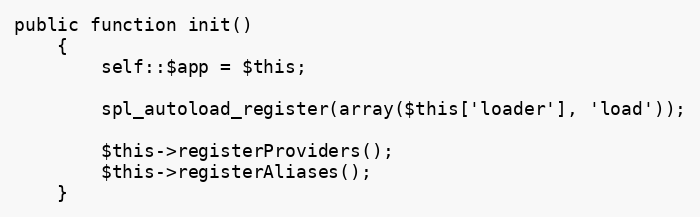
Language: PHP
public function init()
	{
		self::$app = $this;

		spl_autoload_register(array($this['loader'], 'load'));

		$this->registerProviders();
		$this->registerAliases();
	}